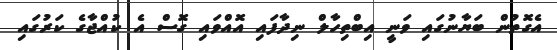
އެގޮތުން ބަޔާނުގައި ވަނީ އިބްތިހާލް ނިދާފައި އޮއްވައި ގޮސް އެ ކުއްޖާގެ ކަރުގައި